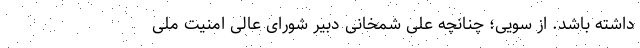
داشته باشد. از سویی؛ چنانچه علی شمخانی دبیر شورای عالی امنیت ملی